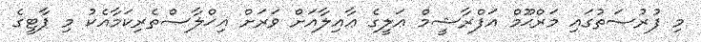
މި ފުރުސަތުގައި މަރްޙޫމް އަފްރާޝީމް ޢަލީގެ ޢާއިލާއަށް ވަރަށް އިޚްލާޞްތެރިކަމާއެކު މި ޕާޓީގެ